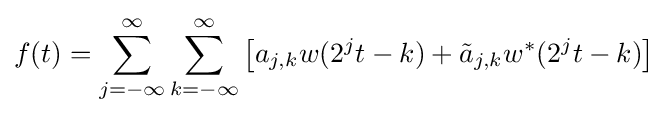
f(t)=\sum _{j=-\infty }^{\infty }\sum _{k=-\infty }^{\infty }\left[a_{j,k}w(2^{j}t-k)+{\tilde {a}}_{j,k}w^{*}(2^{j}t-k)\right]